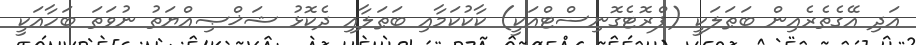
އަދި އޭގެތެރެއިން ބަޠަލަކީ (ޕްރޮޓެގޮނިސްޓްއަކީ) ކާކުކަމާއި ބަޠަލާއި ދެކޮޅު ޝަޚްޞިއްޔަތު ނުވަތަ ބަހާއަކީ